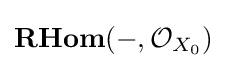
\mathbf {RHom} (-,{\mathcal {O}}_{X_{0}})